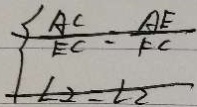
\frac { A C } { E C } = \frac { A E } { F C }